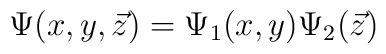
\Psi(x,y,\vec{z}) = \Psi_{1}(x,y)\Psi_{2}(\vec{z})